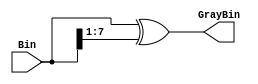
`timescale 1ns / 1ps
//////////////////////////////////////////////////////////////////////////////////
// Company:
// Engineer: 
//
// Design Name: Gray
// Module Name: Gray
// Project Name: FIFO
// Target Devices:
// Tool Versions:
// Description:
// 
// Dependencies:
// Revision:
// Revision 0.01 - File Created
// 
// Additional Comments:
//
// 
//////////////////////////////////////////////////////////////////////////////////

module Gray #(
    parameter N=8
) (
    input [N-1:0] Bin,
    output [N-1:0] GrayBin
);
    assign GrayBin = Bin^{1'b0,Bin[N-1:1]};
endmodule